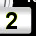
Digit: 2